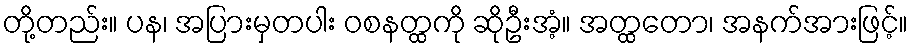
တို့တည်း။ ပန၊ အပြားမှတပါး ဝစနတ္ထကို ဆိုဦးအံ့။ အတ္ထတော၊ အနက်အားဖြင့်။